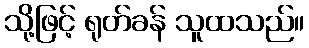
သို့ဖြင့် ရုတ်ခန် သူထသည်။